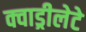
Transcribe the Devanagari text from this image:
क्वाड्रीलेटे